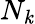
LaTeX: N_{\mathit{k}}